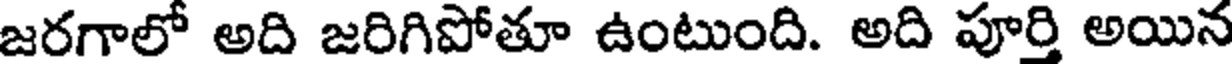
జరగాలో అది జరిగిపోతూ ఉంటుంది. అది పూర్తి అయిన